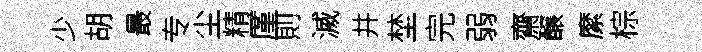
少胡最专尘精厪則滅井埜完弱齋醸縻棕